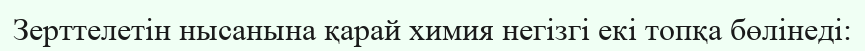
Зерттелетін нысанына қарай химия негізгі екі топқа бөлінеді: